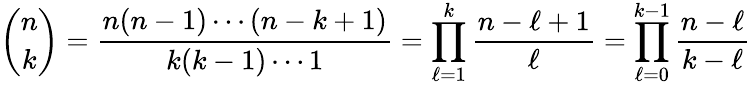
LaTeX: {\binom{n}{k}}={\frac{n(n-1)\cdots(n-k+1)}{k(k-1)\cdots 1}}=\prod_{\ell=1}^{k}{\frac{n-\ell+1}{\ell}}=\prod_{\ell=0}^{k-1}{\frac{n-\ell}{k-\ell}}